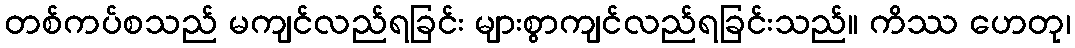
တစ်ကပ်စသည် မကျင်လည်ရခြင်း များစွာကျင်လည်ရခြင်းသည်။ ကိဿ ဟေတု၊